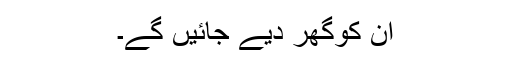
ان کوگھر دیے جائیں گے۔